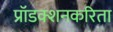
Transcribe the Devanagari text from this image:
प्रॉडक्शनकरिता